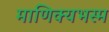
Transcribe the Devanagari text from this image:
माणिक्यभस्म